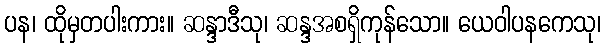
ပန၊ ထိုမှတပါးကား။ ဆန္ဒာဒီသု၊ ဆန္ဒအစရှိကုန်သော။ ယေဝါပနကေသု၊